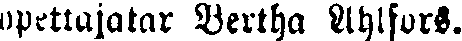
opettajatar Bertha Ahlfors.